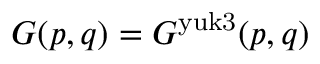
G ( p , q ) = G ^ { \mathrm { y u k 3 } } ( p , q )